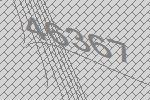
46367